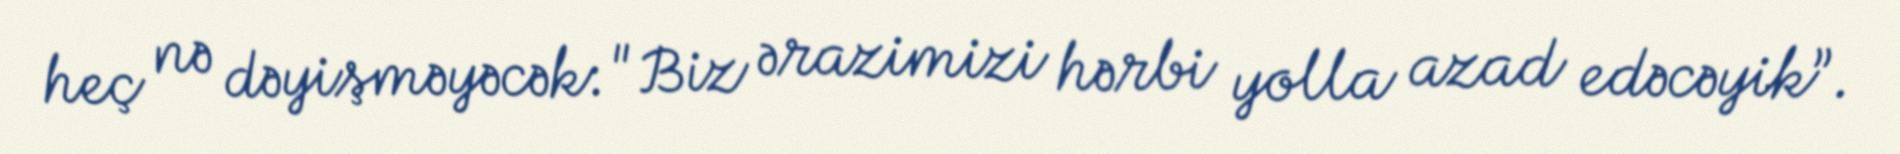
heç nə dəyişməyəcək: "Biz ərazimizi hərbi yolla azad edəcəyik”.